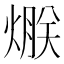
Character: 𤌯